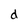
Character: d